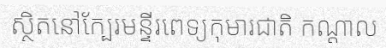
ស្ថិតនៅក្បែរមន្ទីរពេទ្យកុមារជាតិ កណ្តាល